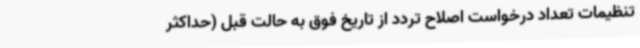
تنظیمات تعداد درخواست اصلاح تردد از تاریخ فوق به حالت قبل (حداکثر